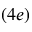
( 4 e )